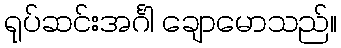
ရုပ်ဆင်းအင်္ဂါ ချောမောသည်။